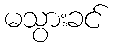
မသွားခင်